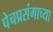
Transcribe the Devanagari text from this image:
पेचप्रसंगाच्या